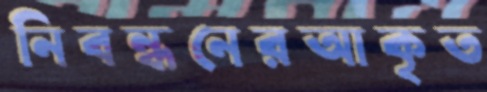
নিবন্ধনেরআকৃত